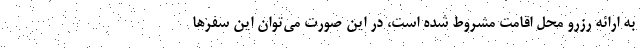
به ارائه رزرو محل اقامت مشروط شده است، در این صورت می‌توان این سفرها